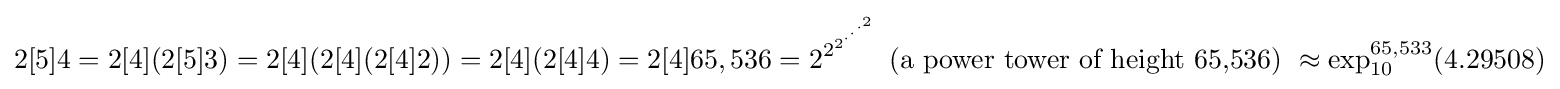
2[5]4=2[4](2[5]3)=2[4](2[4](2[4]2))=2[4](2[4]4)=2[4]65,536=2^{2^{2^{\cdot ^{\cdot ^{\cdot ^{2}}}}}}{\mbox{ (a power tower of height 65,536) }}\approx \exp _{10}^{65,533}(4.29508)